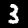
Label: 3